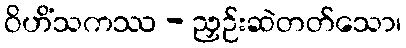
ဝိဟိံသကဿ - ညှဉ်းဆဲတတ်သော၊